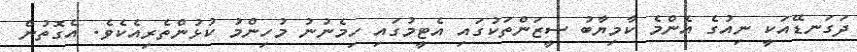
ދަގަނޑޭއަކީ ނިއުގެ އެންމެ ކާމިޔާބު ސީޒަންތަކުގައި އެޓީމުގައި ހިމެނުނު މުހިންމު ކުޅުންތެރިއެކެވެ. އެގޮތުން